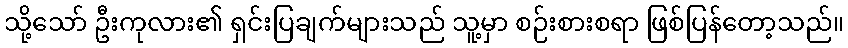
သို့သော် ဦးကုလား၏ ရှင်းပြချက်များသည် သူ့မှာ စဉ်းစားစရာ ဖြစ်ပြန်တော့သည်။